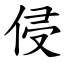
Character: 侵